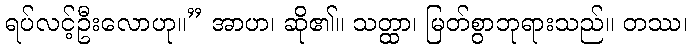
ရပ်လင့်ဦးလောဟု။” အာဟ၊ ဆို၏။ သတ္ထာ၊ မြတ်စွာဘုရားသည်။ တဿ၊